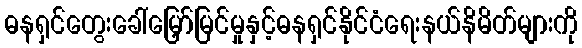
ဓနရှင်တွေးခေါ်မြှော်မြင်မှုနှင့်ဓနရှင်နိုင်ငံရေးနယ်နိမိတ်များကို